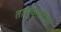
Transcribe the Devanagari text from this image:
तालुक्याच्य